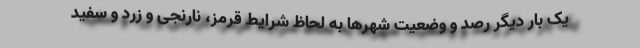
یک بار دیگر رصد و وضعیت شهرها به لحاظ شرایط قرمز، نارنجی و زرد و سفید